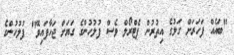
"ބައެއް ފަހަރަށް ގަލުގެ އިތުރުން ޕެޓްރޯލް ވެސް ފުލުހުންގެ ގަޔަށް ޖަހާފައިވޭ" ފުލުހުންގެ